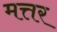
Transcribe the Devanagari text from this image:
मत्तर